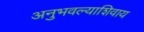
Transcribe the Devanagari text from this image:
अनुभवल्याशिवाय